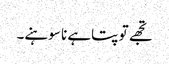
تجھے تو پتاہے نا سوہنے۔